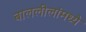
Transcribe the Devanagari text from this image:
बाललीलांमध्ये